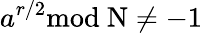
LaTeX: a^{r/2}\mathrm{{mod}~N\neq-1}